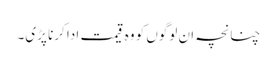
چنانچہ ان لوگوں کو وہ قیمت ادا کرنا پڑی۔